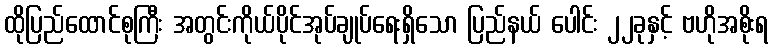
ထိုပြည်ထောင်စုကြီး အတွင်းကိုယ်ပိုင်အုပ်ချုပ်ရေးရှိသော ပြည်နယ် ပေါင်း ၂၂ခုနှင့် ဗဟိုအစိုးရ